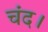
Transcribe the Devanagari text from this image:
चंद।